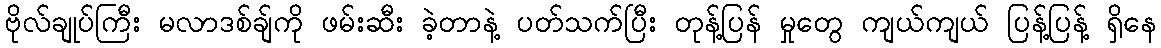
ဗိုလ်ချုပ်ကြီး မလာဒစ်ချ်ကို ဖမ်းဆီး ခဲ့တာနဲ့ ပတ်သက်ပြီး တုန့်ပြန် မှုတွေ ကျယ်ကျယ် ပြန့်ပြန့် ရှိနေ